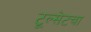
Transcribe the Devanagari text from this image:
टूल्सेटचा